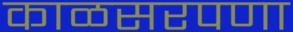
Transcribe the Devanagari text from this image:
काळसरपणा